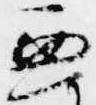
兼